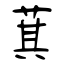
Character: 萁